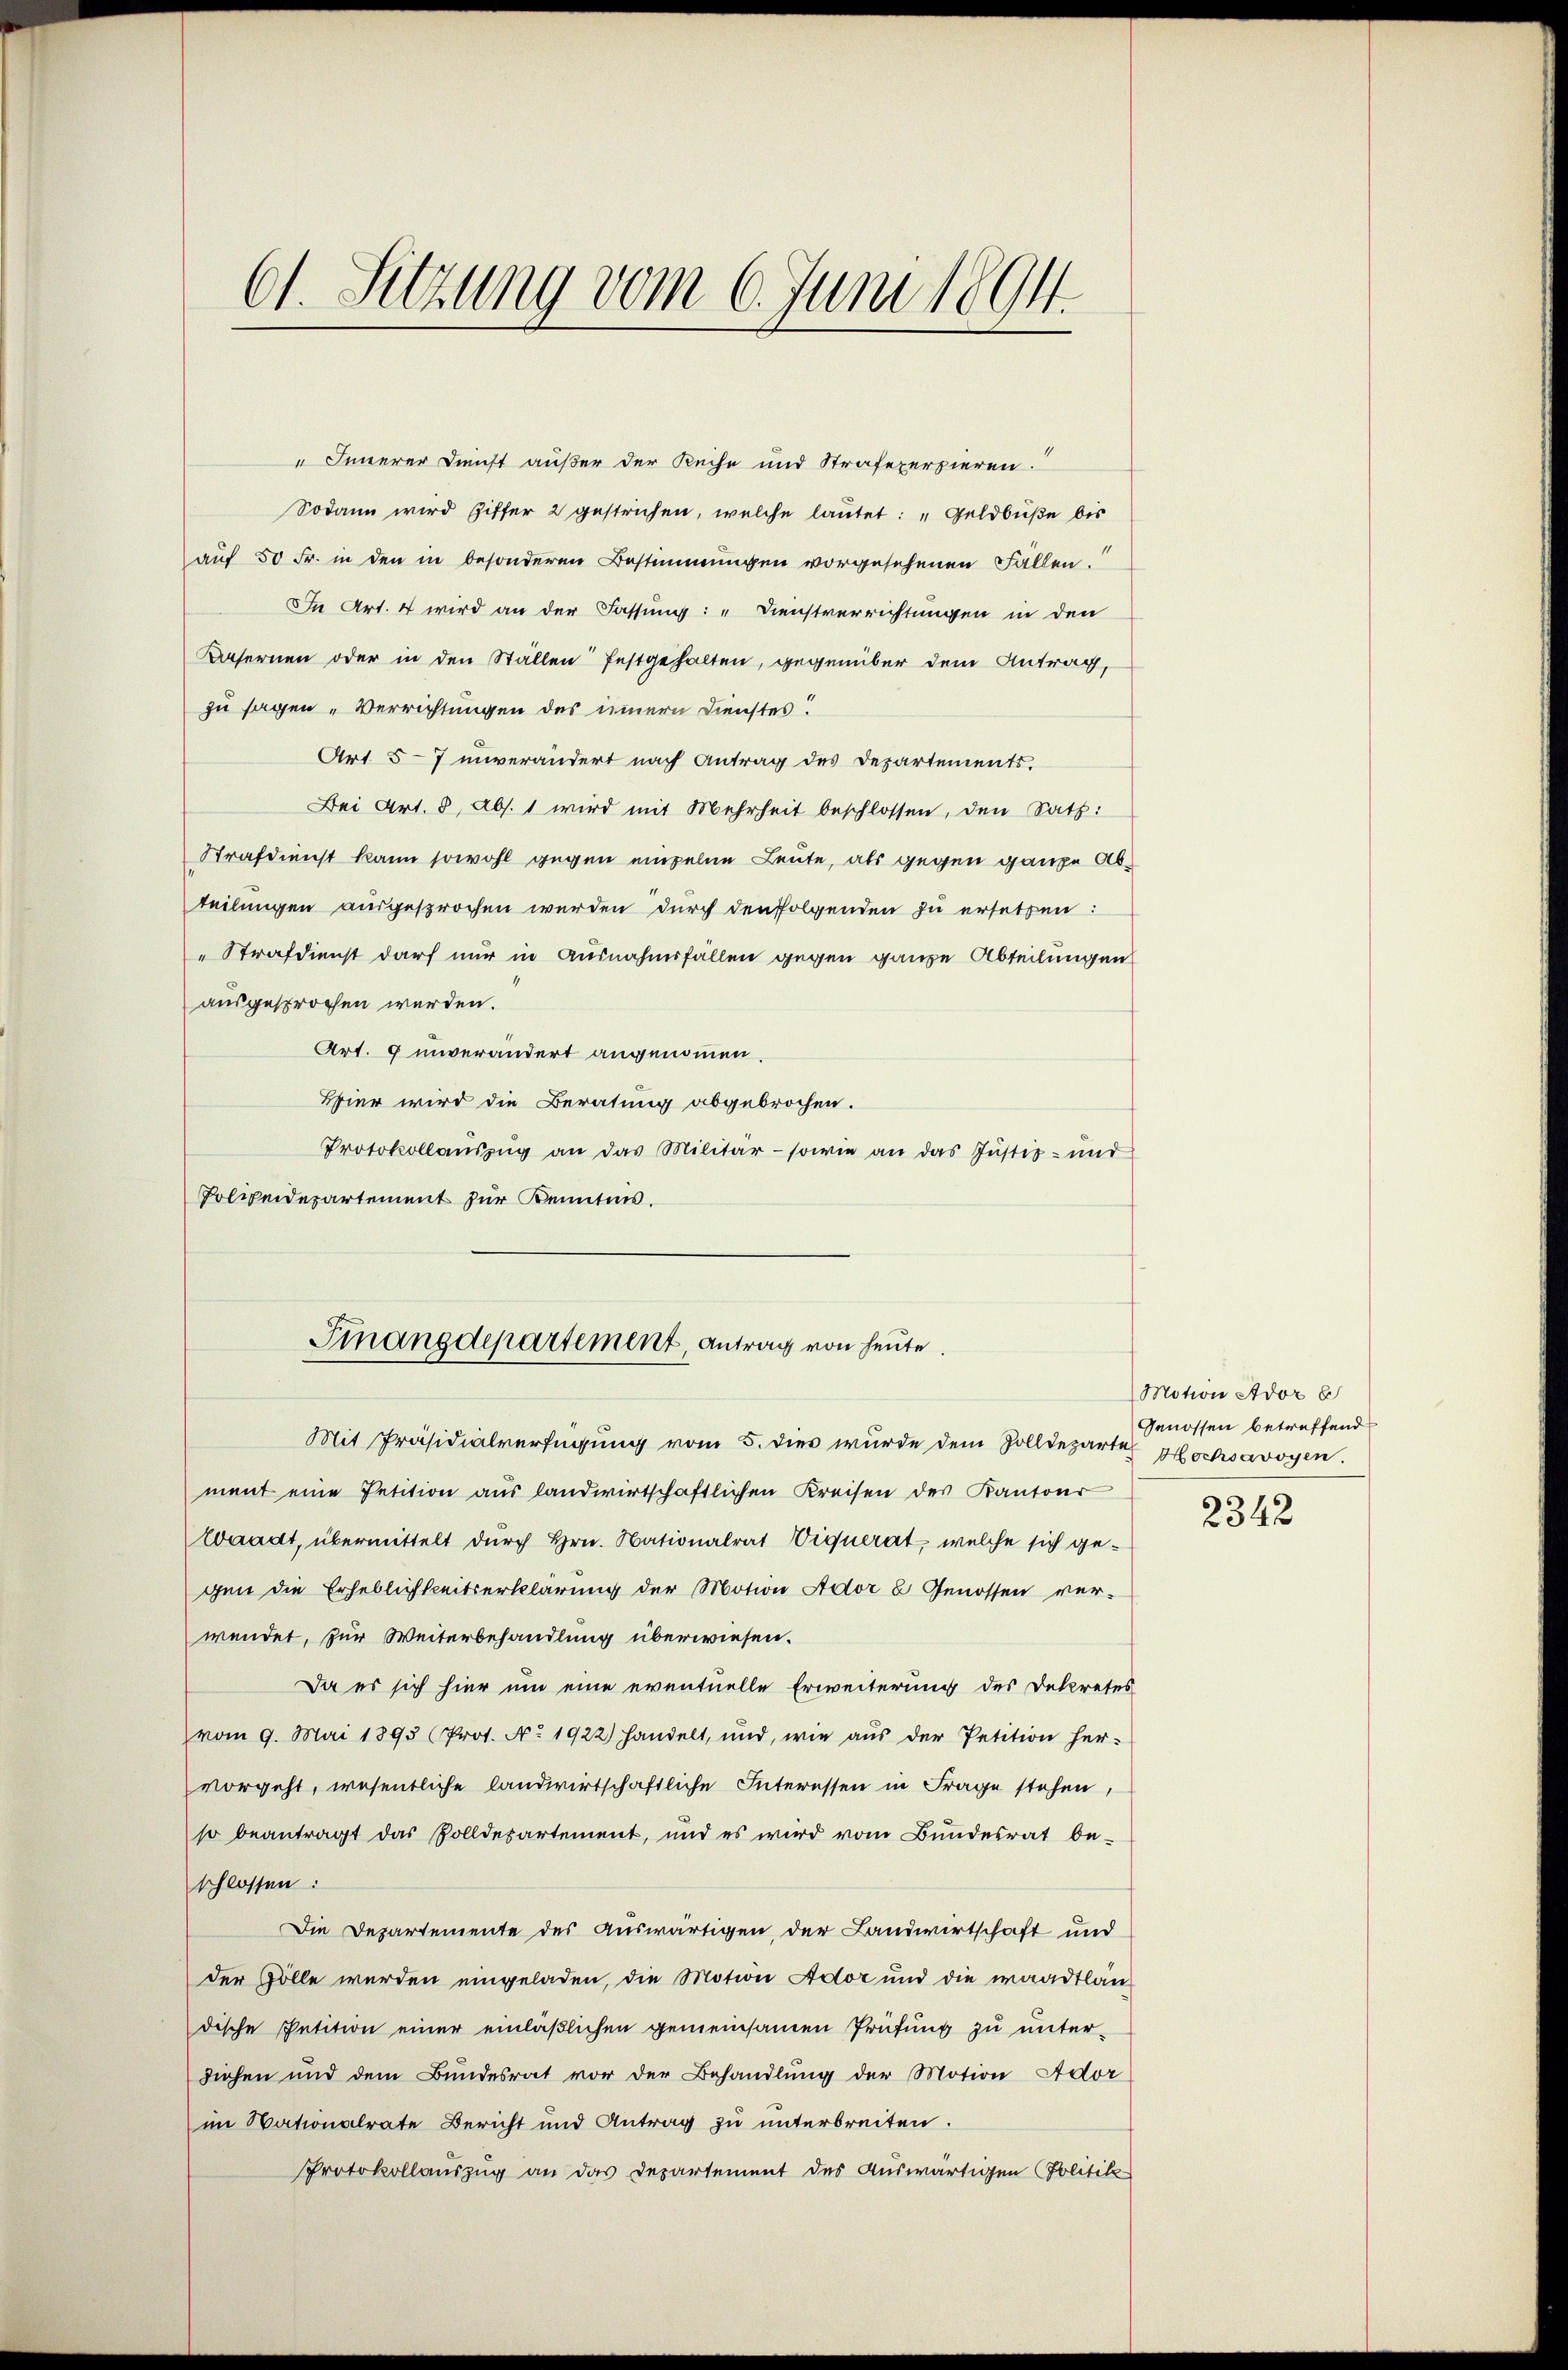
61. Sitzung vom 6. Juni 1894.

Innerer Dunst außer der Reihe und Strafeperpieren.
Sodann wird Ziffer 2 gestrichen, welche lautet: „Geldbuße bis
auf 50 Fr. in den in besonderen Bestimmungen vorgesehenen Fällen.
In Art. 4 wird an der Fassung: „Dienstverrichtungen in den
Kasernen oder in den Ställen festgehalten, gegenüber dem Antrag,
zu sagen „Verrichtungen des innern Dienstes!
Art 5-7 unverändert nach Antrag des Departements.
Bei Art. 8, Abs. 1 wird mit Mehrheit beschlossen, den Satz:
Strafdienst kann sowohl gegen einzelne Leute, als gegen ganze Abteilungen ausgesprochen werden durch den folgenden zu ersetzen:
Strafdienst darf nur in Ausnahmsfällen gegen ganze Abteilungen
ausgesprochen werden.
Art. 9 unverändert angenommen.
Bier wird die Beratung abgebrochen.
Protokollaŭszŭg an das Militär- sowie an das Justiz- und
Polzeidepartement zur Kenntnis.
Finanzdepartement, antrag von heute.
Mit Präsidialverfügung vom 5. dies wurde dem Zolldeparte Hochsavoyen.
ment eine Petition aus landwirtschaftlichen Kreisen des Kantons
Waadt, übermittelt durch Hrn. Nationalrat Viquerat, welche sich gegen die Erheblichkeitserklärung der Motion Ador 8 Genossen ver-
wendet, zur Weiterbehandlung überwiesen.
Da es sich hier um eine eventuelle Erweiterung des Dekretes
vom 9. Mai 1893 (Prot. No. 1922) handelt, und, wie aŭs der Petition her-
vorgeht, wesentliche landwirtschaftliche Interessen in Frage stehen,
so beantragt das Zolldepartement, und es wird vom Bundesrat be-
schlossen:
Die Departemente des Auswärtigen, der Landwirtschaft und
der solle werden eingeladen, die Motion Ador und die waadtlän
dische Petition einer einläßlichen gemeinsamen Prüfung zu unterdiesen und dem Bundesrat vor der Behandlung der Motion Ador
im Nationalrate Bericht und Antrag zu unterbreiten.
Protokollauszug an das Departement des Auswärtigen Politik

Motion Ador b
Genossen betreffend

2342